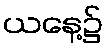
ယနေ့၌